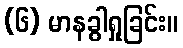
(၆) မာနခွါရှုခြင်း။